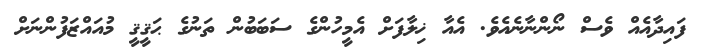
ފައިދާއެއް ވެސް ނޯންނާނެއެވެ. އެއާ ޚިލާފަށް އެމީހުންގެ ސަބަބުން ތަނުގެ ޙަޤީޤީ މުއައްޒަފުންނަށް